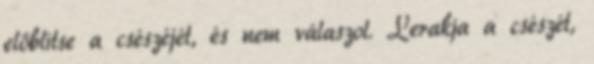
elöblítse a csészéjét, és nem válaszol. Lerakja a csészét,